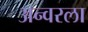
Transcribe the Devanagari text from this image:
अन्वरला